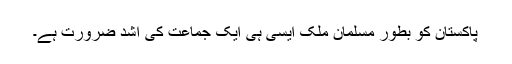
پاکستان کو بطور مسلمان ملک ایسی ہی ایک جماعت کی اشد ضرورت ہے۔